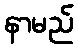
နာမည်